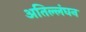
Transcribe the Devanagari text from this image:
अतिल्लंघन